Report on vaccination in Madras 1904-1921 - 1904-1921
Year: 1904
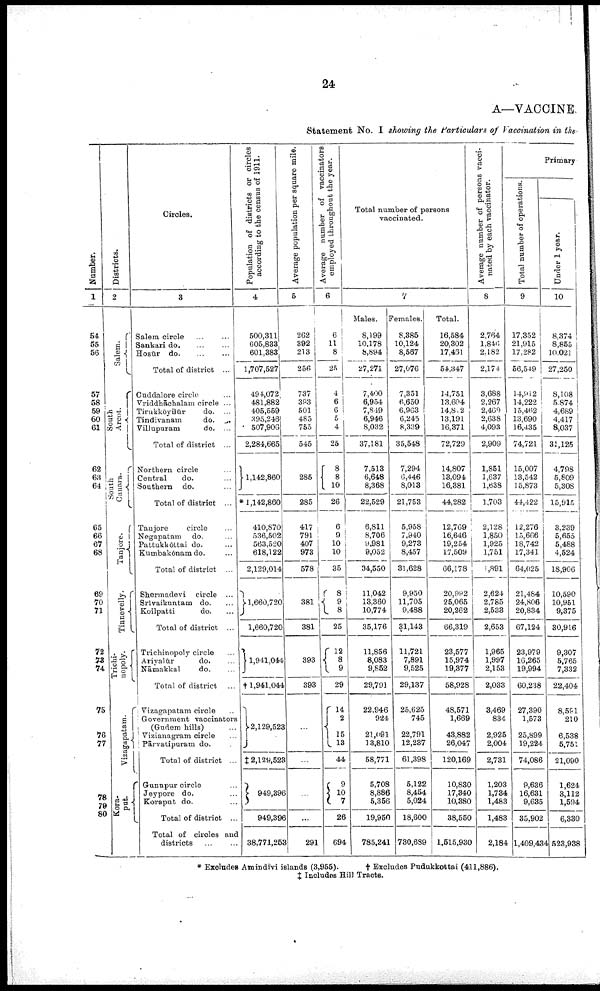
24
A—VACCINE
Statement No. I showing the Particulars of Vaccination in the
Number.
1
54
55
56
57
58
59
60
61
62
63 64
65
66
67
68
69
70
71
72
73 74
76
76
77
78
79
80
Districts.
2
Salem.
South
Arcot.
South
Canara.
Tanjore.
Tinnevelly.
Trichi-
nopoly.
Vizagapatam.
Kora-
put.
Circles.
3
Salem circle ... ...
Sankari do. ... ...
Hosūr d
o
. ... ...
Total of district ...
Cuddalore circle ...
Vriddhāchalam circle ...
Tirukkōyilūr
do. ...
Tindivanam
do. ...
Villupuram
do. ...
Total of district ...
Northern circle ...
Central
do. ...
Southern do. ...
Total of district ...
Tanjore
circle ...
Negapatam do. ...
Pattukkōttai do. ...
Kumbakōnam do. ...
Total of district ...
Shermadevi circle ...
Srivaiknntam do. ...
Koilpatti
do. ...
Total of district ...
Trichinopoly circle ...
Ariyalūr
do. ...
Nāmakkal
do. ...
Total of district ...
Vizagapatam circle ...
Government vaccinators
(Gudem hills) ...
Vizianagram circle ...
Pārvatipuram do. ...
Total of district ...
Gunupur circle ...
Jeypore do. ...
Koraput do. ...
Total of district ...
Total of circles and
districts ... ...
Population of districts or circles
according to the census of 1911.
4
500,311
605,833
601,383
1,707,527
494,072
481,882
405,559
395,246
507,906
2,284,665
1,142,860
* 1,142,860
410,870
536,502
563,520
618,122
2,129,014
1,660,720
1,660,720
1,941,044
† 1,941,044
2,129,523
‡2,129,523
949,396
949,396
38,771,263
Average population per square mile.
5
262
392
213
256
737
393
501
485
755
545
285
285
417
791
407
973
578
381
381
393
393
...
...
...
...
291
Average number of vaccinators
employed throughout the year.
6
6
11
8
25
4
6
6
5
4
25
8
8
10
26
6
9
10
10
35
8
9
8
25
12 8
9
29
14
2
15
13
44
9
10 7
26
694
Total number of persons
vaccinated.
7
Males.
8,199
10,178
8,894
27,271
7,400
6,954
7,849
6,946
8,032
37,181
7,513
6,648
8,368
22,529
6,811
8,706
9,981
9,052
34,550
11,042
13,360
10,774
35,176
11,856
8,083
9,852
29,791
22,946
924
21,091
13,810
58,771
5,708
8,886
5,356
19,950
785,241
Females.
8,385
10,124
8,567
27,076
7,351
6,650
6,963
6,245
8,339
35,548
7,294
6,446
8,013
21,753
5,958
7,940
9,273
8,457
31,628
9,950
11,705
9,488
31,143
11,721
7,891
9,525
29,137
25,625
745
22,791
12,237
61,398
5,122
8,454
5,024
18,600
730,689
Total.
16,584
20,302
17,461
54,347
14,751
13,604
14,832
13,191
16,371
72,729
14,807
13,094
16,381
44,282
12,769
16,646
19,254
17,509
66,178
20,992
25,065
20,262
66,319
23,577
15,974
19,377
58,928
48,571
1,669
43,882
26,047
120,169
10,830
17,340
10,380
38,550
1,515,930
Average number of persons vacci
nated by each vaccinator.
8
2,764
l,846
2,182
2,174
3,688
2,267
2,469
2,638
4,093
2,909
1,851
1,637
1,638
1,703
2,128
1,850
1,925
1,751
1,891
2,624
2,785
2,533
2,653
1,965
1,997
2,153
2,033
3,469
834
2,925
2,004
2,731
1,203
1,734
1,483
1,483
2,184
Primary
Total number of operations.
9
17,352
21,915
17,282
56,549
14,912
14,222
15,462
13,690
16,435
74,721
15,007
13,542
15,873
44,422
12,276
15,666
18,742
17,341
64,025
21,484
24,806
20,834
67,124
23,979
16,265
19,994
60,238
27,390
1,573
25,899
19,224
74,086
9,636
16,631
9,635
35,902
1,409,434
Under 1 year.
10
8,374
8,855
10,021
27,250
8,108
5,874
4,689
4,417
8,037
31,125
4,798
5,809
5,308
15,915
3,239
5,655
5,488
4,524
18,906
10,590
10,951
9,375
30,916
9,307
5,765
7,332
22,404
8,591
210
6,538
5,751
21,090
1,624
3,112
1,594
6,330
523,938
* Excludes Amindivi islands (3,955).
† Excludes Pudukkottai (411,886).
‡ Includes Hill Tracts.